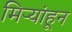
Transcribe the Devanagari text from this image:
मिऱ्यांहून